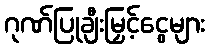
ဂုဏ်ပြုချီးမြှင့်ငွေများ